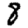
Digit: 8